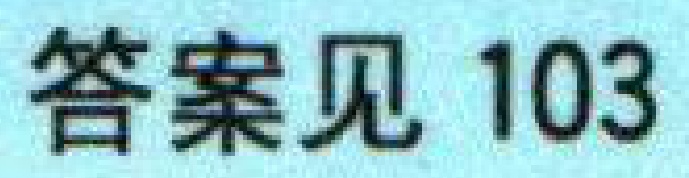
答案见 103